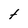
Character: t